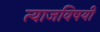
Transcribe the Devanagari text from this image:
त्याजविषयीं